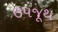
ઉપજૂથ